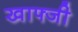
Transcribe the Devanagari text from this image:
खाफ्जी